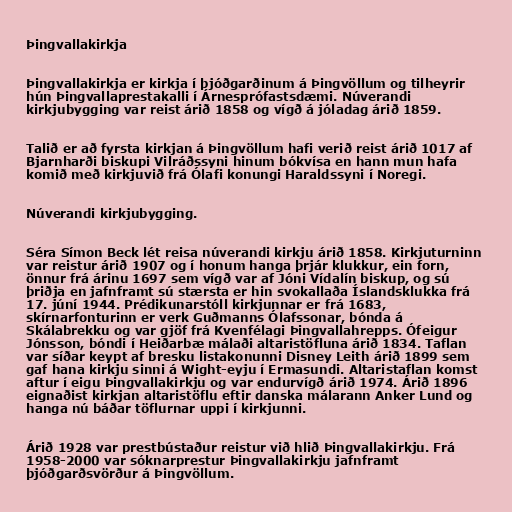
Þingvallakirkja

Þingvallakirkja er kirkja í þjóðgarðinum á Þingvöllum og tilheyrir
hún Þingvallaprestakalli í Árnesprófastsdæmi. Núverandi
kirkjubygging var reist árið 1858 og vígð á jóladag árið 1859.

Talið er að fyrsta kirkjan á Þingvöllum hafi verið reist árið 1017 af
Bjarnharði biskupi Vilráðssyni hinum bókvísa en hann mun hafa
komið með kirkjuvið frá Ólafi konungi Haraldssyni í Noregi.

Núverandi kirkjubygging.

Séra Símon Beck lét reisa núverandi kirkju árið 1858. Kirkjuturninn
var reistur árið 1907 og í honum hanga þrjár klukkur, ein forn,
önnur frá árinu 1697 sem vígð var af Jóni Vídalín biskup, og sú
þriðja en jafnframt sú stærsta er hin svokallaða Íslandsklukka frá
17. júní 1944. Prédikunarstóll kirkjunnar er frá 1683,
skírnarfonturinn er verk Guðmanns Ólafssonar, bónda á
Skálabrekku og var gjöf frá Kvenfélagi Þingvallahrepps. Ófeigur
Jónsson, bóndi í Heiðarbæ málaði altaristöfluna árið 1834. Taflan
var síðar keypt af bresku listakonunni Disney Leith árið 1899 sem
gaf hana kirkju sinni á Wight-eyju í Ermasundi. Altaristaflan komst
aftur í eigu Þingvallakirkju og var endurvígð árið 1974. Árið 1896
eignaðist kirkjan altaristöflu eftir danska málarann Anker Lund og
hanga nú báðar töflurnar uppi í kirkjunni.

Árið 1928 var prestbústaður reistur við hlið Þingvallakirkju. Frá
1958-2000 var sóknarprestur Þingvallakirkju jafnframt
þjóðgarðsvörður á Þingvöllum.